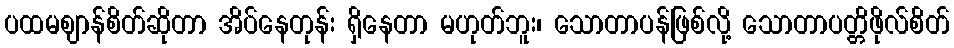
ပထမဈာန်စိတ်ဆိုတာ အိပ်နေတုန်း ရှိနေတာ မဟုတ်ဘူး၊ သောတာပန်ဖြစ်လို့ သောတာပတ္တိဖိုလ်စိတ်